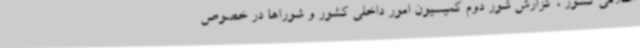
اسلامی کشور ، گزارش شور دوم کمیسیون امور داخلی کشور و شوراها در خصوص